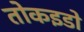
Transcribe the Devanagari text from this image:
तोकइडो